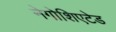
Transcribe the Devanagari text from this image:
नेगोशिएटेड